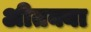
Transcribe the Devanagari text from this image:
अीतक्या